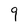
Character: 9